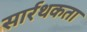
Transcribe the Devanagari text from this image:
सार्रथकता